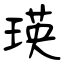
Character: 瑛